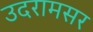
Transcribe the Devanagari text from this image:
उदरामसर